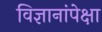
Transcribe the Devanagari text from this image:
विज्ञानांपेक्षा